Vaccination North-Western Provinces 1866-1877 - 1866-1877
Year: 1866
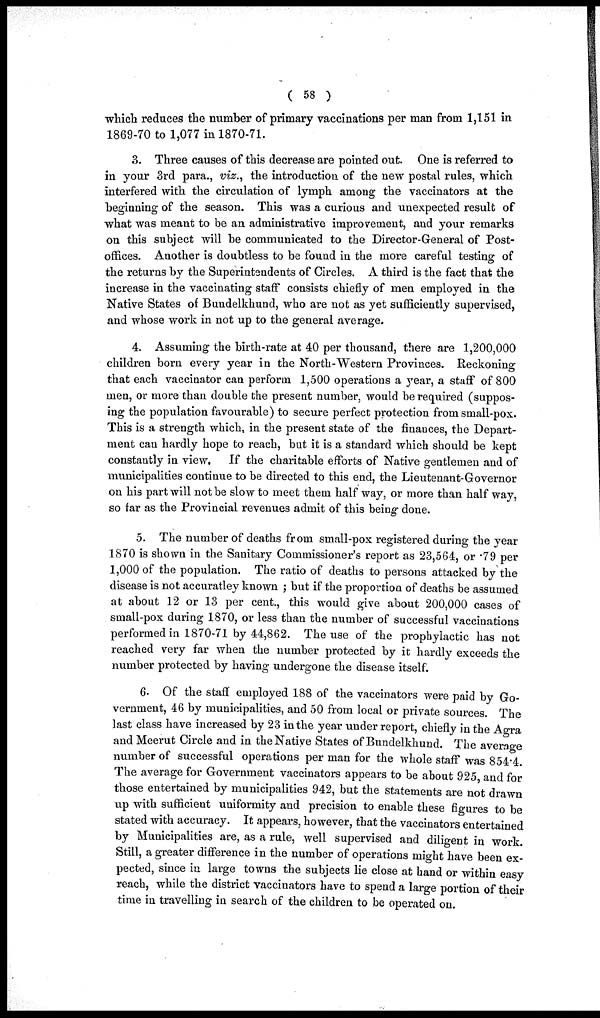
( 58 )
which reduces the number of primary vaccinations per man from 1,151 in
1869-70 to 1,077 in 1870-71.
3. Three causes of this decrease are pointed out. One is referred to
in your 3rd para., viz., the introduction of the new postal rules, which
interfered with the circulation of lymph among the vaccinators at the
beginning of the season. This was a curious and unexpected result of
what was meant to be an administrative improvement, and your remarks
on this subject will be communicated to the Director-General of Post-
offices. Another is doubtless to be found in the more careful testing of
the returns by the Superintendents of Circles. A third is the fact that the
increase in the vaccinating staff consists chiefly of men employed in the
Native States of Bundelkhund, who are not as yet sufficiently supervised,
and whose work in not up to the general average.
4. Assuming the birth-rate at 40 per thousand, there are 1,200,000
children born every year in the North-Western Provinces. Reckoning
that each vaccinator can perform 1,500 operations a year, a staff of 800
men, or more than double the present number, would be required (suppos-
ing the population favourable) to secure perfect protection from small-pox.
This is a strength which, in the present state of the finauces, the Depart-
ment can hardly hope to reach, but it is a standard which should be kept
constantly in view. If the charitable efforts of Native gentlemen and of
municipalities continue to be directed to this end, the Lieutenant-Governor
on his part will not be slow to meet them half way, or more than half way,
so far as the Provincial revenues admit of this being done.
5. The number of deaths from small-pox registered during the year
1870 is shown in the Sanitary Commissioner's report as 23,564, or .79 per
1,000 of the population. The ratio of deaths to persons attacked by the
disease is not accuratley known ; but if the proportion of deaths be assumed
at about 12 or 13 per cent., this would give about 200,000 cases of
small-pox during 1870, or less than the number of successful vaccinations
performed in 1870-71 by 44,862. The use of the prophylactic has not
reached very far when the number protected by it hardly exceeds the
number protected by having undergone the disease itself.
6. Of the staff employed 188 of the vaccinators were paid by Go-
vernment, 46 by municipalities, and 50 from local or private sources. The
last class have increased by 23 in the year under report, chiefly in the Agra
and Meerut Circle and in the Native States of Bundelkhund. The average
number of successful operations per man for the whole staff was 854.4.
The average for Government vaccinators appears to be about 925, and for
those entertained by municipalities 942, but the statements are not drawn
up with sufficient uniformity and precision to enable these figures to be
stated with accuracy. It appears, however, that the vaccinators entertained
by Municipalities are, as a rule, well supervised and diligent in work.
Still, a greater difference in the number of operations might have been ex-
pected, since in large towns the subjects lie close at hand or within easy
reach, while the district vaccinators have to spend a large portion of their
time in travelling in search of the children to be operated on.